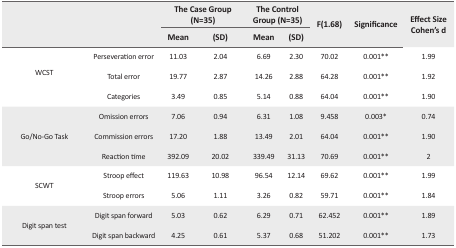
<table><thead><tr><td rowspan="3"></td><td rowspan="3"></td><td colspan="2"><b>The Case Group (N=35)</b></td><td colspan="2"><b>The Control Group (N=35)</b></td><td rowspan="3"><b>F(1.68)</b></td><td rowspan="3"><b>Significance</b></td><td rowspan="3"><b>Effect Size Cohen’s d</b></td></tr><tr><td><b>Mean</b></td><td><b>(SD)</b></td><td><b>Mean</b></td><td><b>(SD)</b></td></tr></thead><tbody><tr><td rowspan="3">WCST</td><td>Perseveration error</td><td>11.03</td><td>2.04</td><td>6.69</td><td>2.30</td><td>70.02</td><td>0.001**</td><td>1.99</td></tr><tr><td>Total error</td><td>19.77</td><td>2.87</td><td>14.26</td><td>2.88</td><td>64.28</td><td>0.001**</td><td>1.92</td></tr><tr><td>Categories</td><td>3.49</td><td>0.85</td><td>5.14</td><td>0.88</td><td>64.04</td><td>0.001**</td><td>1.90</td></tr><tr><td rowspan="3">Go/No-Go Task</td><td>Omission errors</td><td>7.06</td><td>0.94</td><td>6.31</td><td>1.08</td><td>9.458</td><td>0.003*</td><td>0.74</td></tr><tr><td>Commission errors</td><td>17.20</td><td>1.88</td><td>13.49</td><td>2.01</td><td>64.04</td><td>0.001**</td><td>1.90</td></tr><tr><td>Reaction time</td><td>392.09</td><td>20.02</td><td>339.49</td><td>31.13</td><td>70.69</td><td>0.001**</td><td>2</td></tr><tr><td rowspan="2">SCWT</td><td>Stroop effect</td><td>119.63</td><td>10.98</td><td>96.54</td><td>12.14</td><td>69.62</td><td>0.001**</td><td>1.99</td></tr><tr><td>Stroop errors</td><td>5.06</td><td>1.11</td><td>3.26</td><td>0.82</td><td>59.71</td><td>0.001**</td><td>1.84</td></tr><tr><td rowspan="2">Digit span test</td><td>Digit span forward</td><td>5.03</td><td>0.62</td><td>6.29</td><td>0.71</td><td>62.452</td><td>0.001**</td><td>1.89</td></tr><tr><td>Digit span backward</td><td>4.25</td><td>0.61</td><td>5.37</td><td>0.68</td><td>51.202</td><td>0.001**</td><td>1.73</td></tr></tbody></table>